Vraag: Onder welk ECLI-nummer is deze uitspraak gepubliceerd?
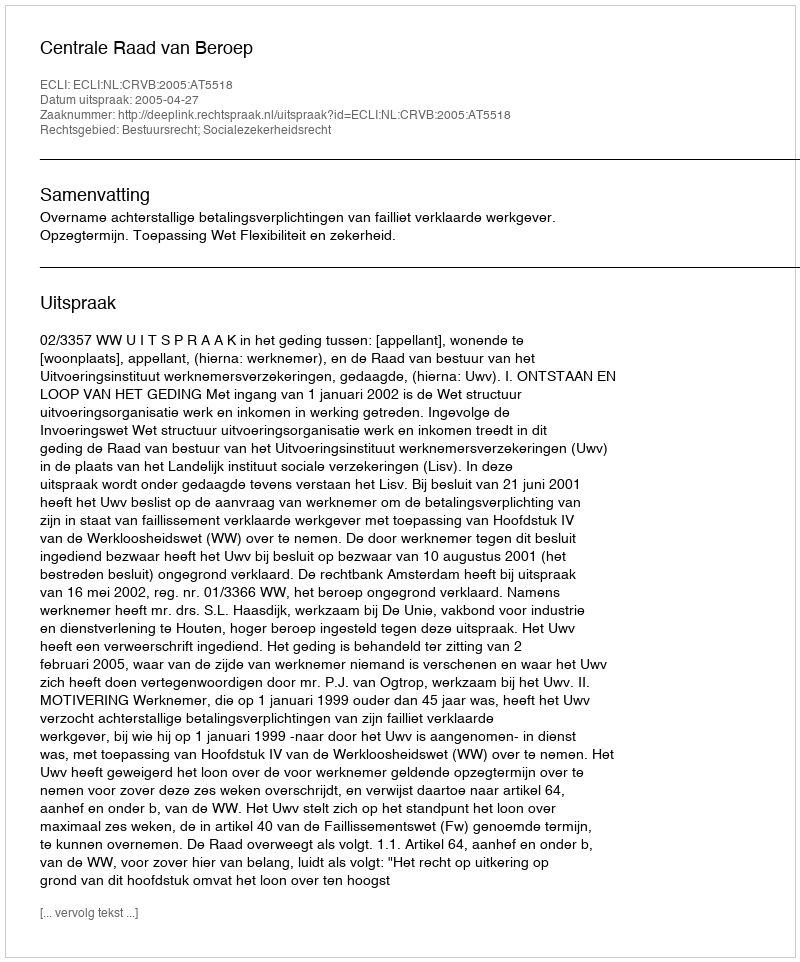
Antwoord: ECLI:NL:CRVB:2005:AT5518